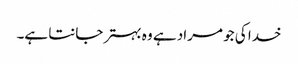
خدا کی جو مراد ہے وہ بہتر جانتا ہے۔